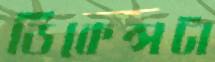
ডিকেন্সটা